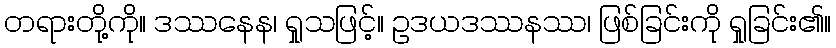
တရားတို့ကို။ ဒဿနေန၊ ရှုသဖြင့်။ ဥဒယဒဿနဿ၊ ဖြစ်ခြင်းကို ရှုခြင်း၏။